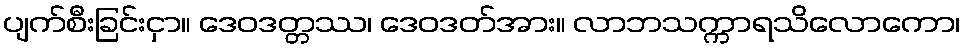
ပျက်စီးခြင်းငှာ။ ဒေဝဒတ္တဿ၊ ဒေဝဒတ်အား။ လာဘသက္ကာရသိလောကော၊